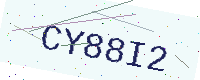
Text: CY88I2